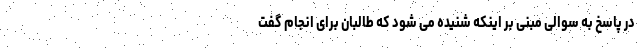
در پاسخ به سوالی مبنی بر اینکه شنیده می شود که طالبان برای انجام گفت